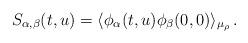
LaTeX: \begin{align*}S_{\alpha,\beta}(t,u)=\langle \phi_\alpha(t,u)\phi_\beta(0,0)\rangle_{\mu_\rho}\,.\end{align*}